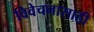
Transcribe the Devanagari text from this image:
विवेचनासाठी